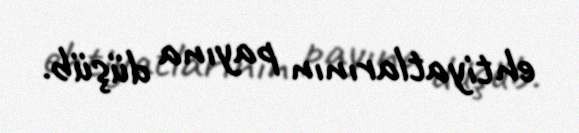
ehtiyatlarının payına düşüb.